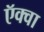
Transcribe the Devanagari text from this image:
ऍक्वा